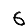
Digit: 6